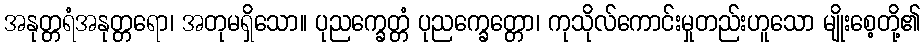
အနုတ္တရံအနုတ္တရော၊ အတုမရှိသော။ ပုညက္ခေတ္တံ ပုညက္ခေတ္တော၊ ကုသိုလ်ကောင်းမှုတည်းဟူသော မျိုးစေ့တို့၏